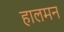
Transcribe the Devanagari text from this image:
हालमन